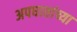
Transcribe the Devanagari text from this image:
अपघातांच्या